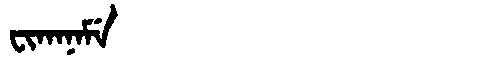
Manchu: ᠸᡳᡴᠠᠨᠠᠮᡝ
Romanization: FIKANAME